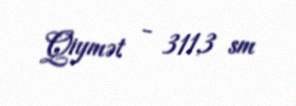
Qiymət - 311,3 sm